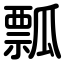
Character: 瓢